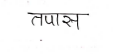
मजकूर: तपास